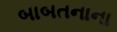
બાબતનાના